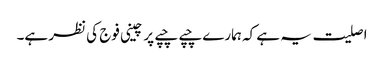
اصلیت یہ ہے کہ ہمارے چپے چپے پر چینی فوج کی نظر ہے۔